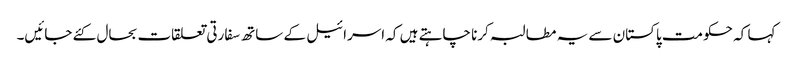
کہا کہ حکومت پاکستان سے یہ مطالبہ کرنا چاہتے ہیں کہ اسرائیل کے ساتھ سفارتی تعلقات بحال کئے جائیں۔